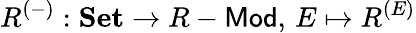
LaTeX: R^{(-)}:{\textbf{Set}}\to R-{\mathsf{Mod}},\, E\mapsto R^{(E)}